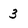
Character: 3